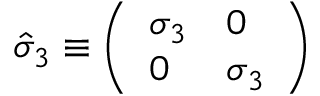
\hat { \sigma } _ { 3 } \equiv \left( \begin{array} { l l } { \sigma _ { 3 } } & { 0 } \\ { 0 } & { \sigma _ { 3 } } \end{array} \right)